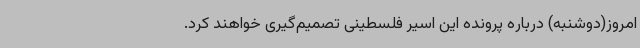
امروز(دوشنبه) درباره پرونده این اسیر فلسطینی تصمیم‌گیری خواهند کرد.